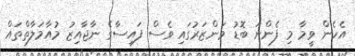
އެހެން ވީމާ މި ފެންނަ ބޮޑު މަންޒަރުގައި ވެސް ފައިސާގެ ނާޖާއިޒު މުއާމަލާތްތައް